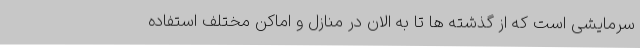
سرمایشی است که از گذشته ها تا به الان در منازل و اماکن مختلف استفاده